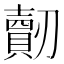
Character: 𠠠